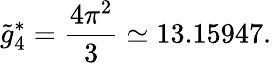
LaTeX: \tilde{g}_{4}^{*}=\frac{4\pi^{2}}{3}\simeq 13.15947.